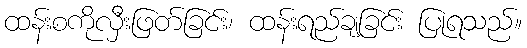
ထန်းစကိုလှီးဖြတ်ခြင်း၊ ထန်းရည်ချခြင်း ပြုရသည်။